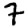
Digit: 7